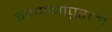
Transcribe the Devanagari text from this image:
गाणगापुरला